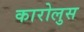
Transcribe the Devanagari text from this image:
कारोलुस